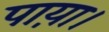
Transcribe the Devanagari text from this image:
पाय़ा।